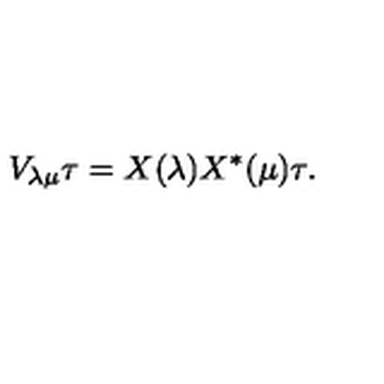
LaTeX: V _ { \lambda \mu } \tau = X ( \lambda ) X ^ { * } ( \mu ) \tau .